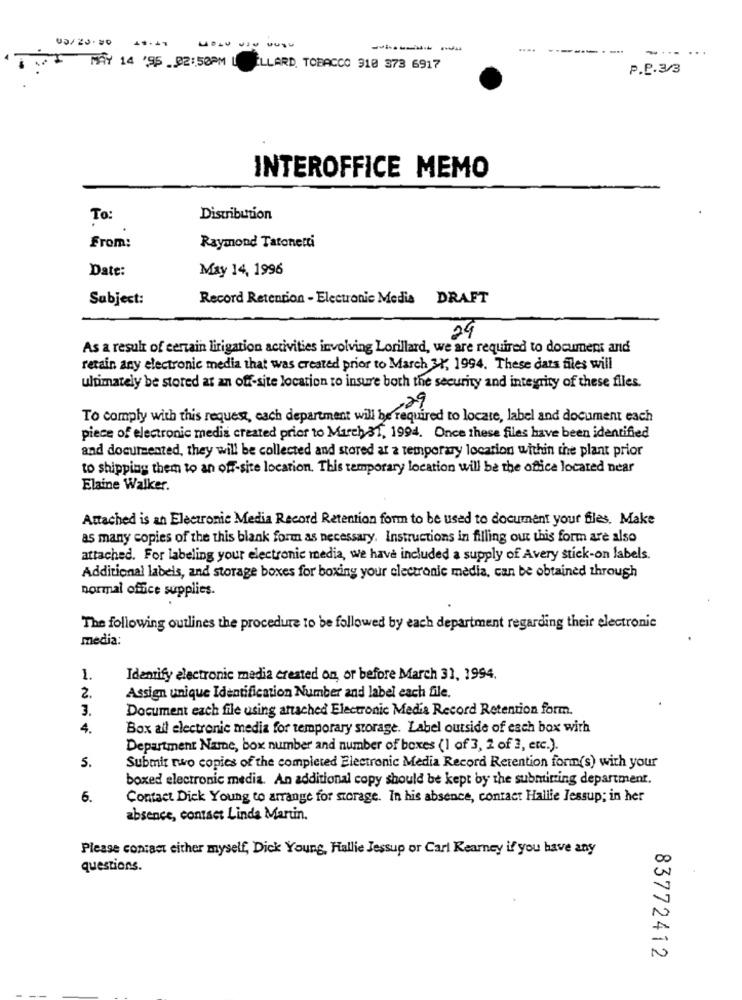
-----
....
-
-... ...
MAY 14 '95 .02:50PM[
ILLARD. TOBACCO 918 373 6917
P.P.3/3
INTEROFFICE MEMO
To:
Distribution
From:
Raymond Tatonetti
Date:
May 14, 1996
Subject:
Record Retention - Electronic Media DRAFT
24
As a result of certain litigation activities involving Lorillard, we are required to document and
retain any electronic media that was created prior to March 31, 1994. These dats files will
ultimately be stored at an off-site location to insure both the security and integrity of these files.
,29
To comply with this request, each department will be required to locate, label and document each
piece of electronic medis created prior to March 31, 1994. Once these files have been identified
and documented, they will be collected and stored at a temporary location within the plant prior
to shipping them to an off-site location. This temporary location will be the office located near
Elaine Walker.
Attached is an Electronic Media Record Retention form to be used to document your files. Make
as many copies of the this blank form as necessary. Instructions in filling out this form are also
attached. For labeling your electronic media, we have included a supply of Avery stick-on labels.
Additional labels, and storage boxes for boxing your electronic media, can be obtained through
normal office supplies.
The following outlines the procedure to be followed by each department regarding their electronic
media:
1.
Identify electronic media created on, or before March 31, 1994.
2.
Assign unique Identification Number and label each file.
3.
Document each file using attached Electronic Media Record Retention form.
4.
Box all electronic media for temporary storage. Label outside of each box with
Department Name, box number and number of boxes (1 of 3, 2 of 3, etc.).
S.
Submit two copies of the completed Electronic Media Record Retention form(s) with your
boxed electronic media. An additional copy should be kept by the submitting department.
6.
Contact Dick Young to arrange for storage. In his absence, contact Hallle Jessup; in her
absence, contact Linda Marin.
Please contact either myself, Dick Young, Hallie Jessup or Carl Kearney if you have any
Oc
questions.
N
83772412